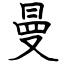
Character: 曼